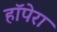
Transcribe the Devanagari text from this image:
हॉपेरा